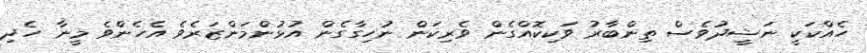
ހެއްކަކީ ނަޝީދުވެސް ތިންބާރު ވަކިކޮއްގެން ވެރިކަން ނުހިގާގެން އުޅުންމަންޒަރެވެ އެހެންވެ މީނާ ހެދި